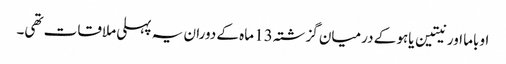
اوباما اور نیتین یاہو کے درمیان گزشتہ 13 ماہ کے دوران یہ پہلی ملاقات تھی۔